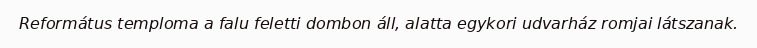
Református temploma a falu feletti dombon áll, alatta egykori udvarház romjai látszanak.